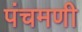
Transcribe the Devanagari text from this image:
पंचमणी